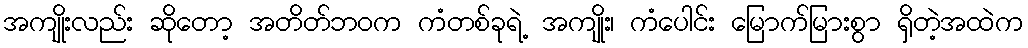
အကျိုးလည်း ဆိုတော့ အတိတ်ဘဝက ကံတစ်ခုရဲ့ အကျိုး၊ ကံပေါင်း မြောက်မြားစွာ ရှိတဲ့အထဲက